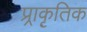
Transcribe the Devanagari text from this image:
प्र्राकृतिक